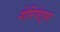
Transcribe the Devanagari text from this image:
गेरिपेट्स